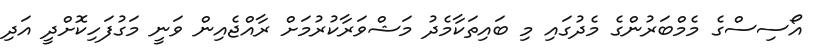
އޯސިސްގެ މެމްބަރުންގެ މެދުގައި މި ބައިތަކާމެދު މަޝްވަރާކުރުމަށް ރާއްޖެއިން ވަނީ މަގުފަހިކޮށްދީ އަދި